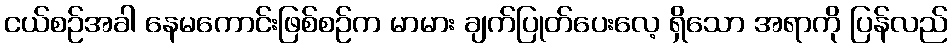
ငယ်စဉ်အခါ နေမကောင်းဖြစ်စဉ်က မာမား ချက်ပြုတ်ပေးလေ့ ရှိသော အရာကို ပြန်လည်